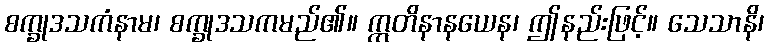
စက္ခုဒသကံနာမ၊ စက္ခုဒသကမည်၏။ ဣတိနာနယေန၊ ဤနည်းဖြင့်။ သေသာနိ၊